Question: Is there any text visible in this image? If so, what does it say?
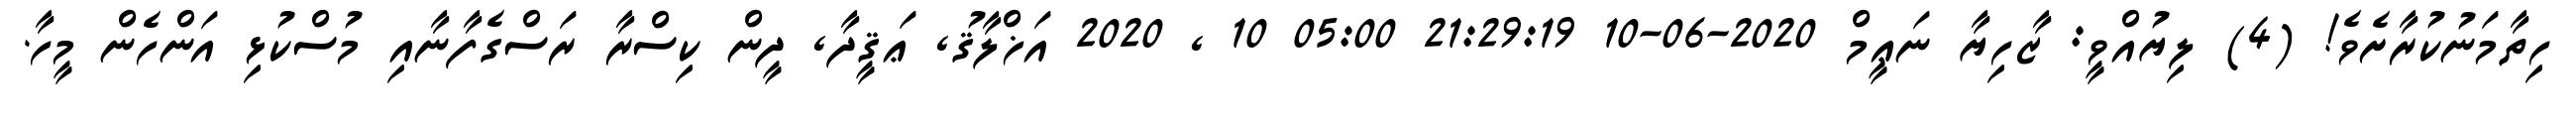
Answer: ހިތާމަނުކުރާށެވެ! (4) ލިޔުއްވީ: ޒާހިޔާ ނަޢީމް 2020-06-10 21:29:19 05:00 10 , 2020 އަޚްލާޤު, ޢަޤީދާ, ދީން ކިސްރާ ރަސްގެފާނާއި މުސްކުޅި އަންހެން މީހާ.